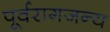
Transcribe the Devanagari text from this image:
पूर्वरागजन्य